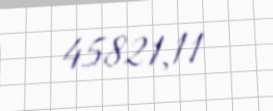
45821,11